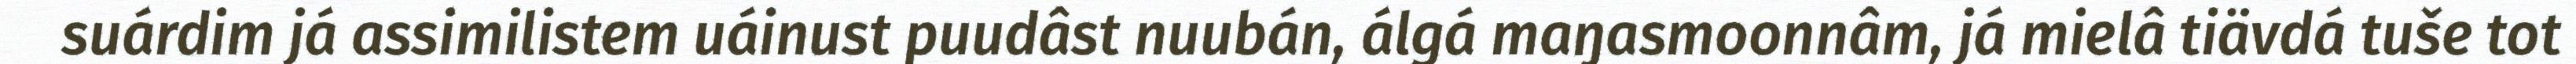
suárdim já assimilistem uáinust puudâst nuubán, álgá maŋasmoonnâm, já mielâ tiävdá tuše tot